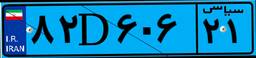
۹۵D۹۳۷۴۵